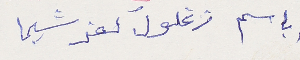
باسم زغلول كفرشيما